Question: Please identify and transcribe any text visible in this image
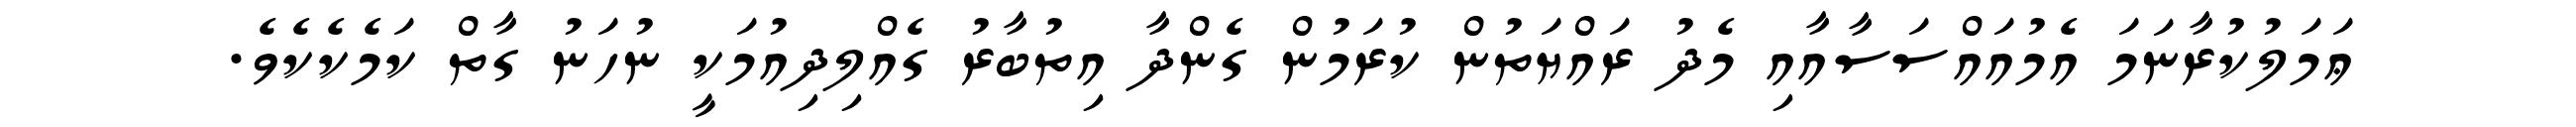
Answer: ޢަމަލުކުރާނަމަ އެމުއައްސަސާއާއި މެދު ރައްޔަތުން ކުރަމުން ގެންދާ އިތުބާރު ގެއްލިދިއުމަކީ ނުހަނު ގާތް ކަމެކެކެވެ.